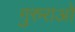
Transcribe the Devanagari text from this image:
गुरुराओ